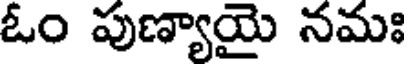
ఓం పుణ్యాయై నమః